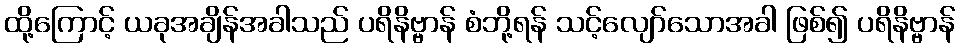
ထို့ကြောင့် ယခုအချိန်အခါသည် ပရိနိဗ္ဗာန် စံဘို့ရန် သင့်လျော်သောအခါ ဖြစ်၍ ပရိနိဗ္ဗာန်